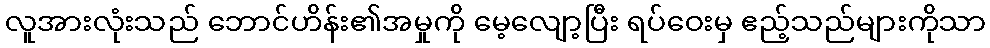
လူအားလုံးသည် ဘောင်ဟိန်း၏အမှုကို မေ့လျော့ပြီး ရပ်ဝေးမှ ဧည့်သည်များကိုသာ